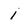
Character: 1